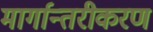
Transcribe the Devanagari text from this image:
मार्गान्तरीकरण